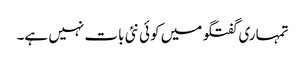
تمہاری گفتگو میں کوئی نئی بات نہیں ہے۔